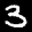
Label: 3